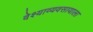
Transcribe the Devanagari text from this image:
वेश्याव्यवसायाला